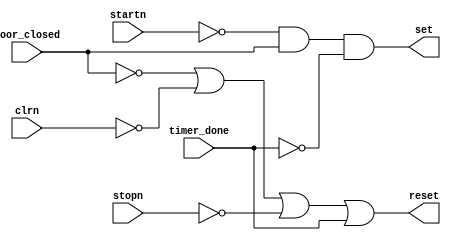
module on_off_logic(
    input startn,
    input stopn,
    input clrn,
    input door_closed,
    input timer_done,
    output set,
    output reset
);

wire set_internal, reset_internal;

assign set_internal = (~startn) & door_closed & (~timer_done);
assign reset_internal = (~door_closed) | (~clrn) | (~stopn) | timer_done;

assign set = set_internal;
assign reset = reset_internal;

endmodule